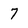
Character: 7